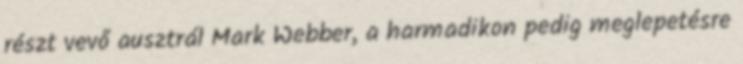
részt vevő ausztrál Mark Webber, a harmadikon pedig meglepetésre